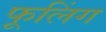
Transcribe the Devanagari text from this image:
फूलिंग